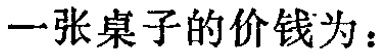
一张桌子的价钱为：